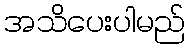
အသိပေးပါမည်